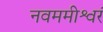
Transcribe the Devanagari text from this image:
नवममीश्वरं